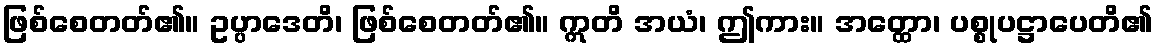
ဖြစ်စေတတ်၏။ ဥပ္ပာဒေတိ၊ ဖြစ်စေတတ်၏။ ဣတိ အယံ၊ ဤကား။ အတ္ထော၊ ပစ္စုပဋ္ဌာပေတိ၏